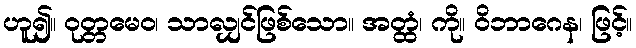
ဟူ၍။ ဝုတ္တမေဝ၊ သာလျှင်ဖြစ်သော။ အတ္ထံ၊ ကို။ ဝိဘာဂေန၊ ဖြင့်။